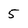
Character: 5